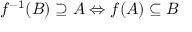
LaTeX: f ^ { - 1 } ( B ) \supseteq A \Leftrightarrow f ( A ) \subseteq B